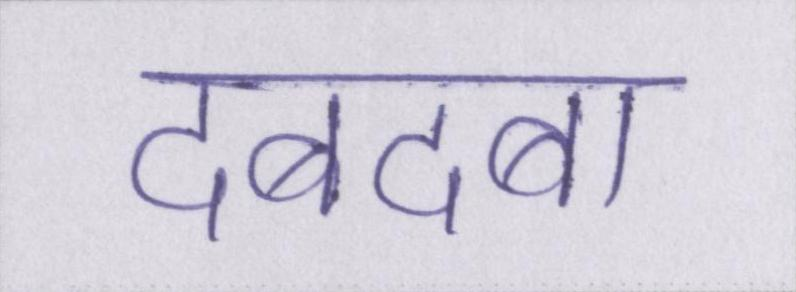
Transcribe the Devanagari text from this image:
दबदबा